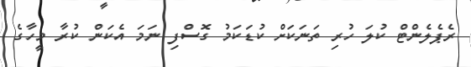
ރެޕެލެންޓް ކުލަ ހުރި ތަނަކަށް ކުޑަކަމު ގޮސްފި ނަމަ އެކަން ކުރާ މީހާގެ